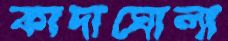
কাদাঘোলা